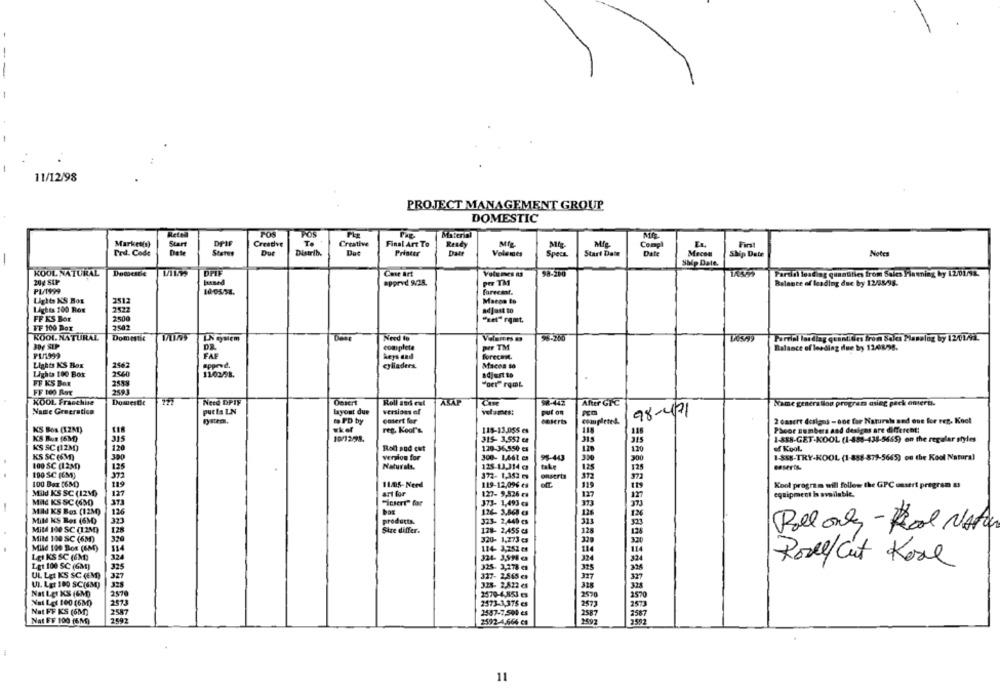
11/12/98
PROJECT MANAGEMENT GROUP
DOMESTIC
POS
Fos
Material
Market(s)
Start
DPIF
Creative
Final Art To
Resty
Mig
EL
First
Compl
Prd. Code
Date
Status
Distrib.
Printer
Volumes
Specs
Start Date
Date
Macon
Ship Date
Notes
-
Ship Date.
KOOL NATURAL
Domestie
Case Art
98-200
Partill loading quantities from Sales Planning by 12/01/3.
Buand
#porvd 9/24.
per TM
Balance of leading due by 12/95/98.
PL/1999
EISE
forecast.
Lights KS Box
Lights 100 Rox
2422
adjust to
FF K'S Bor
2500
"se" ramt.
FF 100 Bor
2502
KOOL NATURAL
Domestic
Ih quiem
Need to
98-200
Partial lat diag quantities fron Soles Masalog by 12/01/2.
BOY SEP
complete
per TM
Balance of leading due by 1248/98.
PL/1999
DR.
keys sad
forecast.
Lights KS Box
2562
spprod.
cylinders.
Macen to
Lights 100 Box
2540
110298.
adjust to
FF KS Box
FF 100 Rat
2493
KOOL Franchise
Domestic
Need DPIF
Oasert
Roll and cat
ALAP
52-442
After GIC
Same genera log program asieg peck onsera.
Name Greeratica
putts LN
layout due
versions of
volumes:
put on
PER
98-471
PD by
omert for
deserts
completed.
2 casert (csigas - one for Natural and out for reg. Koel
KS Box (12M)
reg. Kool's.
118-13,055 es
118
Phone numbers and designs are different:
KS Bus (63)
315
10/12/38.
315- 3,552 en
315
1-SE8-GET-KOOL (1-888-438-5665) on the regular styles
KS SC (12M)
120
Roll sud cut
120-36,550 es
120
of Kool
KS SC (6M)
300
Version for
300- 166t es
95-40
1-888-TRY-KOOL (1-888-879-5665) on the Kool Natural
100 SC (1230)
125
Naturals.
125-13,314 es
take
125
128
100 SC [6M)
372
372- 1,352 es
onserta
100 Dax [68)
119
11/05-Need
119-12,09% es
119
Kool program will follow the GPC onsert program &
Mild KS SC (12M)
127
art for
127- 9,526 e
127
equipment is available.
MIC KS SC (630)
373
"csert" for
373- 1,493 ca
373
373
MAJ KS Bes (1230)
126
box
124- 3,868 es
126
126
MIL KS Bes (6MQ)
323
products.
323- 2,440 es
Mitd 100 SC (1250)
313
128
Stre differ.
128- 2,455 es
128
Pollonly - Rol NAAaa
Mild 100 SC (6M)
320
320- 1,273 es
320
Mild 190 Box (EM)
514
124- 3,252 es
324
114
LEI KS SC (6M)
324- 3,518 a
324
Rode/ Cut Kore
Let 100 SC (GM)
325
325- 3,278 es
325
328
UL Let KS SC (EM)
327
327- 2,565 es
327
327
328
LI. Lgt 100 SC(6M)
328- 2,822 es
318
328
Nat Ler KS (6MO
2570
2579-4,853 es
2570
2570
Nat Let 100 (6M)
2573
2573-3,375 es
2573
Nat FF KS (6M)
2587
2587-7,500 es
2587
2587
Nat FF 100 (6 M)
2592
2592-4,666 es
2592
11